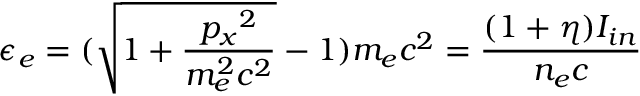
\epsilon _ { e } = ( \sqrt { 1 + \frac { { p _ { x } } ^ { 2 } } { m _ { e } ^ { 2 } c ^ { 2 } } } - 1 ) m _ { e } c ^ { 2 } = \frac { ( 1 + \eta ) I _ { i n } } { n _ { e } c }